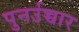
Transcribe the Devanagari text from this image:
पुनर्उच्चार